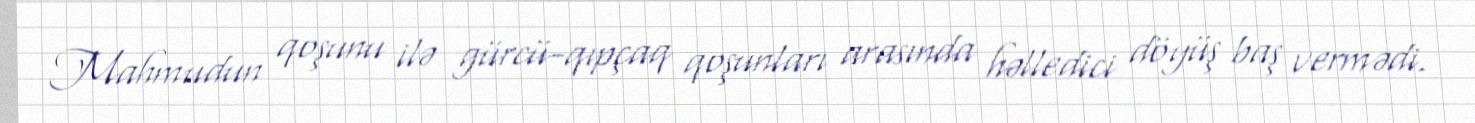
Mahmudun qoşunu ilə gürcü-qıpçaq qoşunları arasında həlledici döyüş baş vermədi.